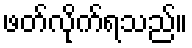
ဖတ်လိုက်ရသည်။